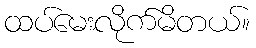
ထပ်မေးလိုက်မိတယ်။